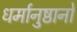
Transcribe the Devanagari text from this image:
धर्मानुष्ठानों